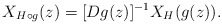
\begin{align*}X_{H\circ g}(z)=[Dg(z)]^{-1}X_{H}(g(z)). \end{align*}